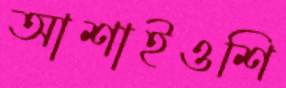
আশাইওশি